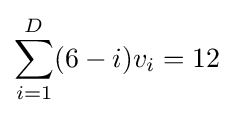
\sum _{i=1}^{D}(6-i)v_{i}=12